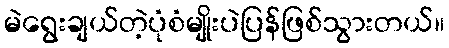
မဲရွေးချယ်တဲ့ပုံစံမျိုးပဲပြန်ဖြစ်သွားတယ်။